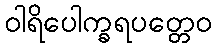
ဝါရိပေါက္ခရပတ္တေဝ